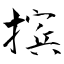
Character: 摈